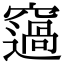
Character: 䆼